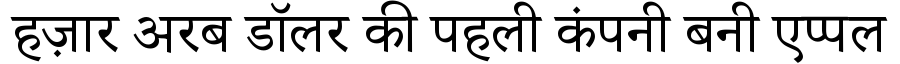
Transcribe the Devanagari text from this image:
हज़ार अरब डॉलर की पहली कंपनी बनी एप्पल